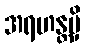
အရဟန္တမှိ